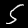
Label: 5